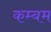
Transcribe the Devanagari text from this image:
कम्बम